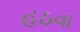
હઠવા